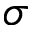
\sigma